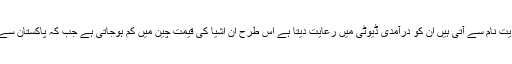
مثلاً چین اپنے ملک میں آنے والی وہ درآمدات جو آسیان (ASEAN) ممالک، بنگلا دیش اور ویت نام سے آتی ہیں ان کو درآمدی ڈیوٹی میں رعایت دیتا ہے اس طرح اُن اشیا کی قیمت چین میں کم ہوجاتی ہے جب کہ پاکستان سے آنے والی درآمدات پر یہ رعایت نہیں ہے، اس لیے پاکستانی اشیا چین میں مہنگی ہوجاتی ہیں۔